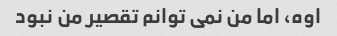
اوه، اما من نمی توانم تقصیر من نبود